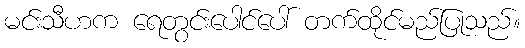
မင်းသီဟက ရေတွင်းပေါင်ပေါ် တက်ထိုင်မည်ပြုသည်။